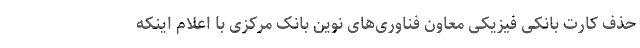
حذف کارت بانکی فیزیکی معاون فناوری‌های نوین بانک مرکزی با اعلام اینکه